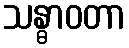
သန္ဓာဝတာ